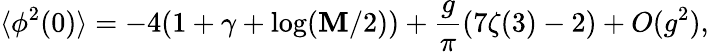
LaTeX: \langle\phi^{2}(0)\rangle=-4(1+\gamma+\log(\mathbf{M}/2))+\frac{{g}}{{\pi}}(7\zeta(3)-2)+O(g^{2}),